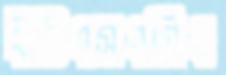
ইউএসএসিএ